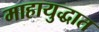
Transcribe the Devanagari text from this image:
माहायुद्धात